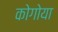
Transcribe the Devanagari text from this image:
कोगोया